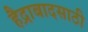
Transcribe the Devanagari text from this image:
हैद्राबादसाठी